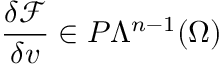
\frac { \delta \mathcal { F } } { \delta v } \in P \Lambda ^ { n - 1 } ( \Omega )